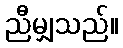
ညီမျှသည်။